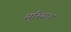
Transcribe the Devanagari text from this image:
सुरियान